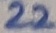
Text: 22